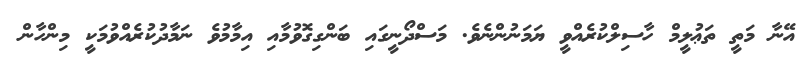
އޭނާ މަތީ ތަޢުލީމް ހާސިލްކުރެއްވީ ޔަމަނުންނެވެ. މަސްދޯނީގައި ބަންގިގޮވުމާއި އިމާމުވެ ނަމާދުކުރެއްވުމަކީ މިންހާން